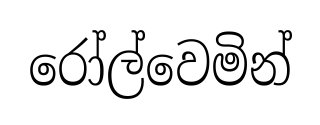
රෝල්වෙමින්